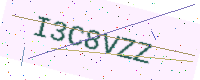
Text: I3C8VZZ